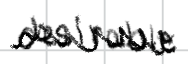
Text: desirable
Cross-out: zig-zag
Writing tool: digital_black